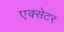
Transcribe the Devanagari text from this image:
एक्‍सेटर